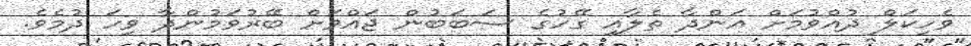
ވެހިކަލް ދުއްވުމަށް އަންދާ ތެލާއި ގޭހުގެ ސަބަބުން ޖައްވަށް ބޭރުވަމުންދާ ވިހަ ދުމެެވެ.